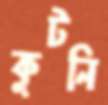
কুটনি